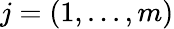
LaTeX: j=(1,...,m)